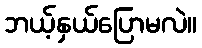
ဘယ့်နှယ်ပြောမလဲ။